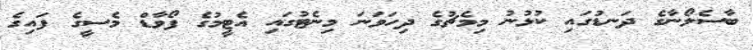
ބާސެލޯނާގެ ދަނޑުގައި ކުޅުނު މިމެޗުގެ ދިހަވަނަ މިނެޓުގައި އެޓީމުގެ ފޯވާޑް މެސީގެ ފައިގެ